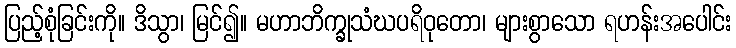
ပြည့်စုံခြင်းကို။ ဒိသွာ၊ မြင်၍။ မဟာဘိက္ခုသံဃပရိဝုတော၊ များစွာသော ရဟန်းအပေါင်း